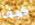
كيف